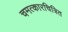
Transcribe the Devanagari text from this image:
चमत्कारचित्रित